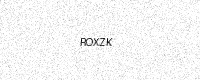
Text: ROXZK